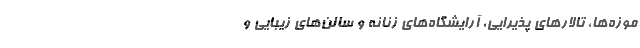
موزه‌ها، تالارهای پذیرایی، آرایشگاه‌های زنانه و سالن‌های زیبایی و